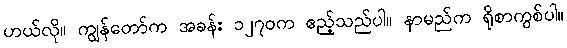
ဟယ်လို။ ကျွန်တော်က အခန်း ၁၂၇၀က ဧည့်သည်ပါ။ နာမည်က ရိုစာကွစ်ပါ။